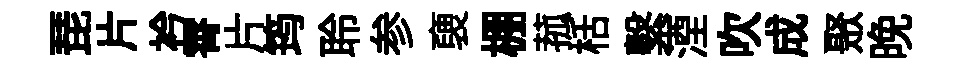
琵片衿霄片筠聆参褏棚菰栝繫湮吹成聚晚